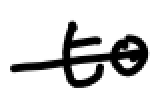
Text: to
Cross-out: single-line
Writing tool: digital_black